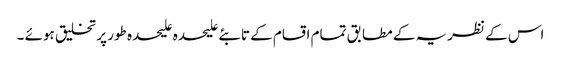
اس کے نظریہ کے مطابق تمام اقسام کے تابئے علیحدہ علیحدہ طور پر تخلیق ہوئے ۔